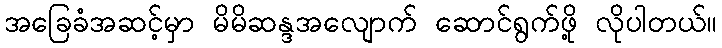
အခြေခံအဆင့်မှာ မိမိဆန္ဒအလျောက် ဆောင်ရွက်ဖို့ လိုပါတယ်။